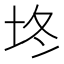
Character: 𰉡